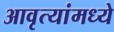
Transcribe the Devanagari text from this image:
आवृत्यांमध्ये